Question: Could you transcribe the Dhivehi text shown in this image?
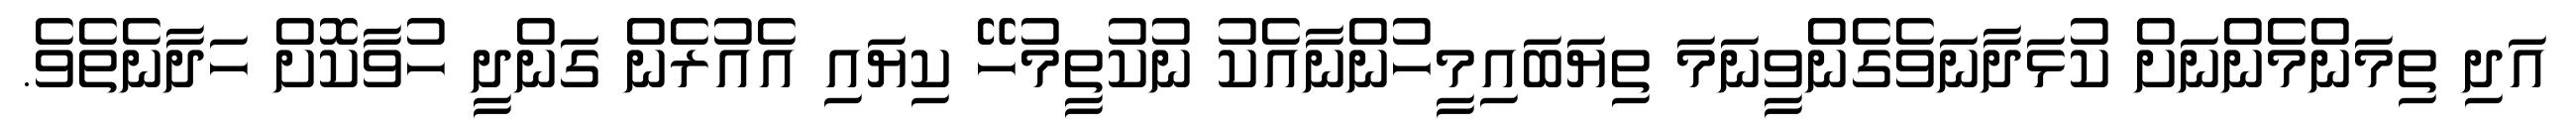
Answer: އަދި ތިމަންމެންނަށް ކުޅަދާނަވެގެންވީނަމަ ތިޔަބައިމީހުންނާއެކު ނުކުތީމުހޭ ކިޔައި އެއުރެން ގަންދީ ހުވާކޮށް ހަދާނެތެވެ.